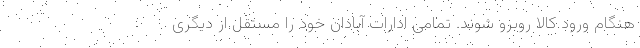
هنگام ورود کالا روبرو شوند. تمامی ادارات آبادان خود را مستقل از دیگری